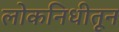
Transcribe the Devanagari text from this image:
लोकनिधीतून